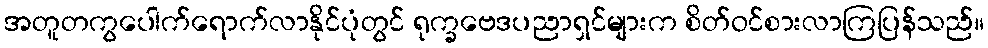
အတူတကွပေါက်ရောက်လာနိုင်ပုံတွင် ရုက္ခဗေဒပညာရှင်များက စိတ်ဝင်စားလာကြပြန်သည်။